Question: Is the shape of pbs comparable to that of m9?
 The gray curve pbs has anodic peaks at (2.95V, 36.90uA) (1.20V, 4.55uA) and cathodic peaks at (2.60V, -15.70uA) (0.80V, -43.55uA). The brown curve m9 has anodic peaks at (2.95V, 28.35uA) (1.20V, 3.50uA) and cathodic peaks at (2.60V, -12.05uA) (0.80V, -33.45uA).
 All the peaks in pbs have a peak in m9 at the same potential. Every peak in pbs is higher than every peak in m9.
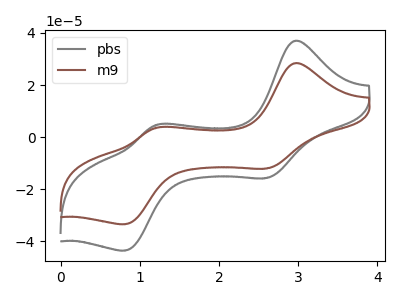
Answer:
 <answer>"pbs" and "m9" are similar in shape.</answer>
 <eval>same_shape</eval>